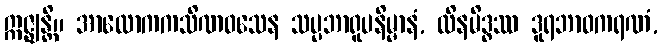
ဣဇ္ဈန္တိ။ အာလောကကသိဏဝသေန သပ္ပဘာရူပနိမ္မာနံ, ထိနမိဒ္ဓဿ ဒူရဘာဝကရဏံ,